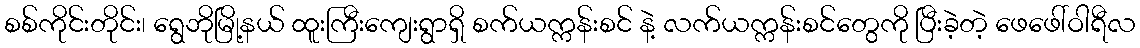
စစ်ကိုင်းတိုင်း၊ ရွေဘိုမြို့နယ် ထူးကြီးကျေးရွာရှိ စက်ယက္ကန်းစင် နဲ့ လက်ယက္ကန်းစင်တွေကို ပြီးခဲ့တဲ့ ဖေဖေါ်ဝါရီလ